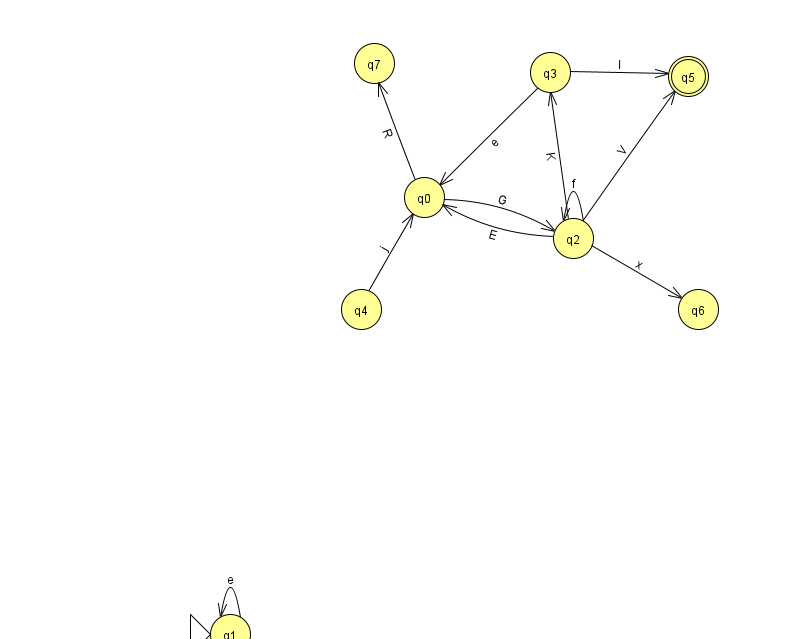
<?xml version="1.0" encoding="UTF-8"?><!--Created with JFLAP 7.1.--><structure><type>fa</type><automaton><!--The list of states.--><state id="0" name="q0"><x>424.0</x><y>184.0</y></state><state id="1" name="q1"><x>230.0</x><y>621.0</y><initial/></state><state id="2" name="q2"><x>573.0</x><y>225.0</y></state><state id="3" name="q3"><x>550.0</x><y>59.0</y></state><state id="4" name="q4"><x>361.0</x><y>296.0</y></state><state id="5" name="q5"><x>688.0</x><y>63.0</y><final/></state><state id="6" name="q6"><x>698.0</x><y>296.0</y></state><state id="7" name="q7"><x>374.0</x><y>50.0</y></state><!--The list of transitions.--><transition><from>0</from><to>7</to><read>R</read></transition><transition><from>1</from><to>1</to><read>e</read></transition><transition><from>2</from><to>2</to><read>f</read></transition><transition><from>3</from><to>5</to><read>I</read></transition><transition><from>3</from><to>0</to><read>e</read></transition><transition><from>2</from><to>6</to><read>x</read></transition><transition><from>2</from><to>0</to><read>E</read></transition><transition><from>4</from><to>0</to><read>j</read></transition><transition><from>2</from><to>3</to><read>K</read></transition><transition><from>0</from><to>2</to><read>G</read></transition><transition><from>2</from><to>5</to><read>V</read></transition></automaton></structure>